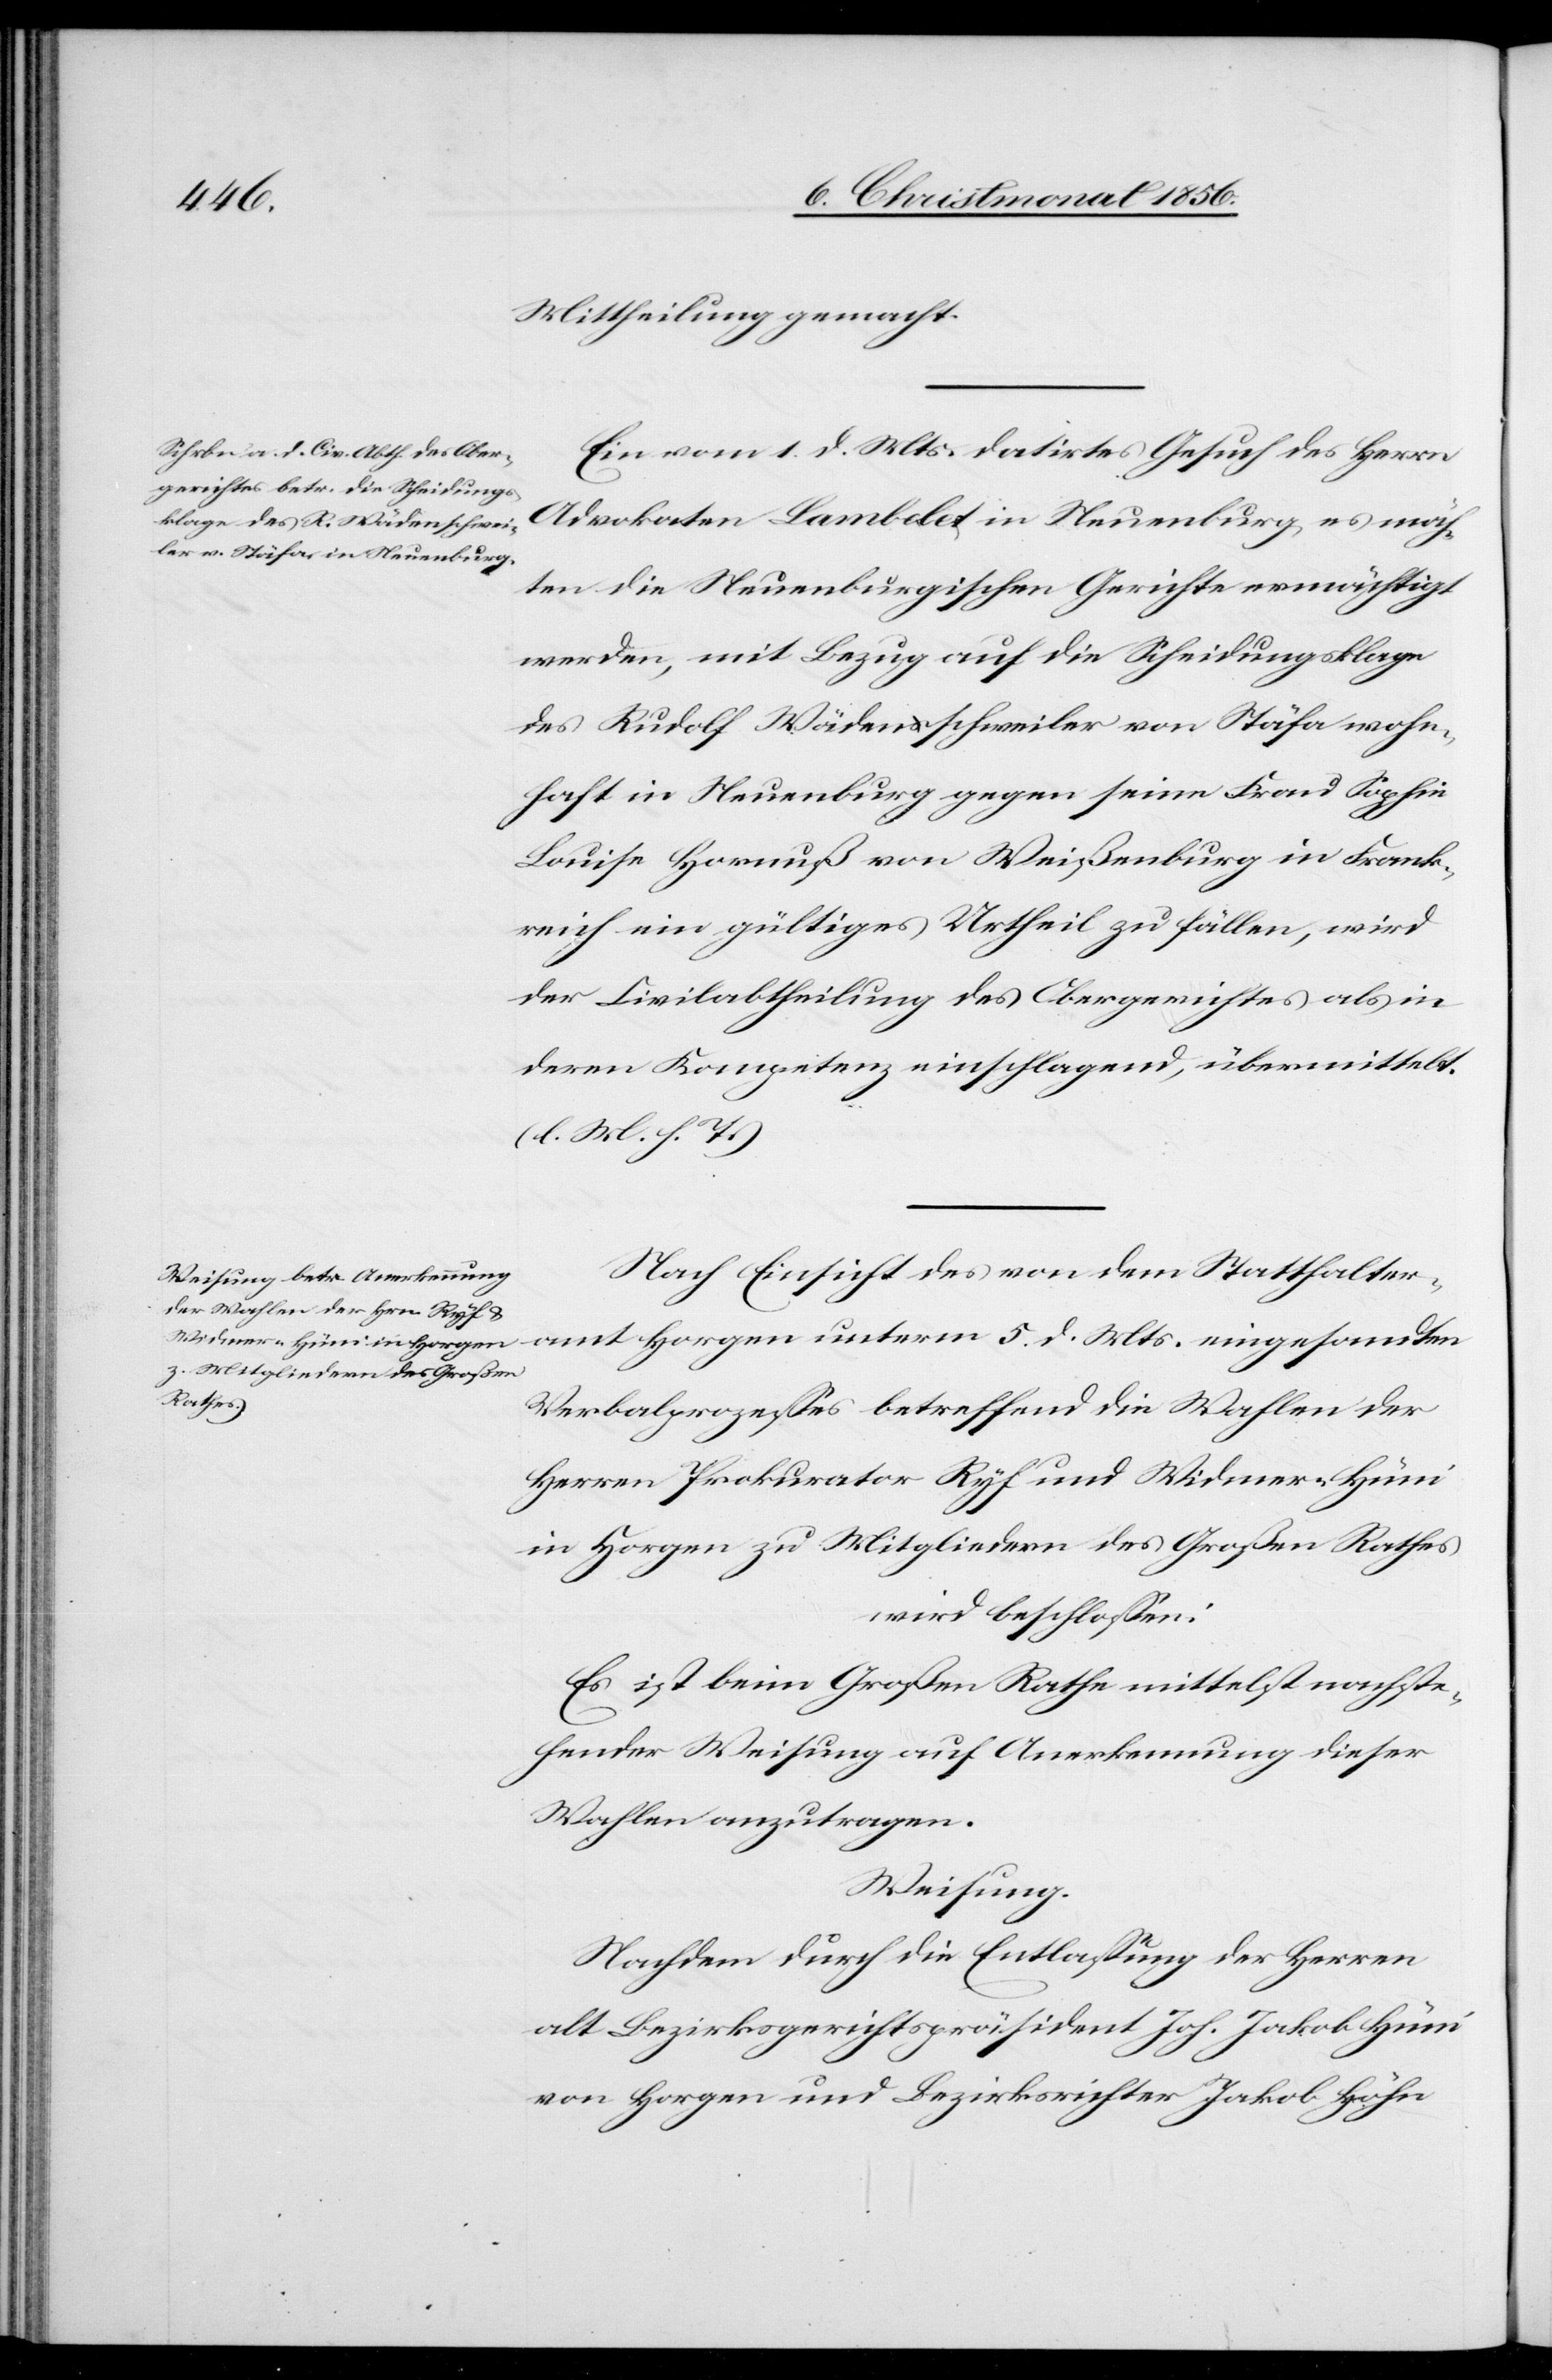
Mittheilung gemacht.
Ein vom 1. d. Mts. datirtes Gesuch des Herrn
Advokaten Lambelet in Neuenburg, es möch¬
ten die Neuenburgischen Gerichte ermächtigt
werden, mit Bezug auf die Scheidungsklage
des Rudolf Wädenschweiler von Stäfa wohn¬
haft in Neuenburg gegen seine Frau Sophie
Louise Hornuß von Weißenburg in Frank¬
reich ein gültiges Urtheil zu fällen, wird
der Civilabtheilung des Obergerichtes als in
deren Kompetenz einschlagend, übermittelt.
(l. M. h. T.)
Nach Einsicht des von dem Statthalteramt
Verbalprozesses betreffend die Wahlen der
Herren Prokurator Ryf und Widmer-Hüni
in Horgen zu Mitgliedern des Großen Rathes
wird beschlossen:
Es ist beim Großen Rathe mittelst nachste¬
hender Weisung auf Anerkennung dieser
Wahlen anzutragen.
Weisung.
Nachdem durch die Entlassung der Herren
alt Bezirksgerichtspräsident Joh. Jakob Hüni
von Horgen und Bezirksrichter Jakob Höhn